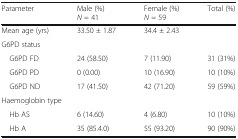
<table><thead><tr><td><b>Parameter</b></td><td><b>Male (%)<i>N</i> = 41</b></td><td><b>Female (%)<i>N</i> = 59</b></td><td><b>Total (%)</b></td></tr></thead><tbody><tr><td>Mean age (yrs)</td><td>33.50 ± 1.87</td><td>34.4 ± 2.43</td><td></td></tr><tr><td colspan="4">G6PD status</td></tr><tr><td> G6PD FD</td><td>24 (58.50)</td><td>7 (11.90)</td><td>31 (31%)</td></tr><tr><td> G6PD PD</td><td>0 (0.00)</td><td>10 (16.90)</td><td>10 (10%)</td></tr><tr><td> G6PD ND</td><td>17 (41.50)</td><td>42 (71.20)</td><td>59 (59%)</td></tr><tr><td colspan="4">Haemoglobin type</td></tr><tr><td> Hb AS</td><td>6 (14.60)</td><td>4 (6.80)</td><td>10 (10%)</td></tr><tr><td> Hb A</td><td>35 (85.4.0)</td><td>55 (93.20)</td><td>90 (90%)</td></tr></tbody></table>